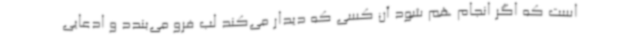
است که اگر انجام هم شود آن کسی که دیدار می‌کند لب فرو می‌بندد و ادعایی